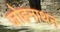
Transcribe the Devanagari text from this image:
जोहनाथन